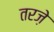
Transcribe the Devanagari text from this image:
तरज़े